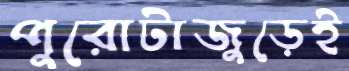
পুরোটাজুড়েই